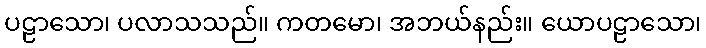
ပဠာသော၊ ပလာသသည်။ ကတမော၊ အဘယ်နည်း။ ယောပဠာသော၊